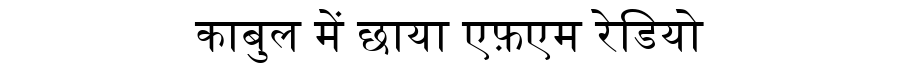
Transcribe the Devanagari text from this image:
काबुल में छाया एफ़एम रेडियो